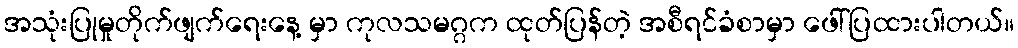
အသုံးပြုမှုတိုက်ဖျက်ရေးနေ့ မှာ ကုလသမဂ္ဂက ထုတ်ပြန်တဲ့ အစီရင်ခံစာမှာ ဖေါ်ပြထားပါတယ်။